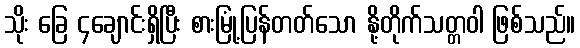
သိုး ခြေ ၄ချောင်းရှိပြီး စားမြုံ့ပြန်တတ်သော နို့တိုက်သတ္တဝါ ဖြစ်သည်။